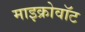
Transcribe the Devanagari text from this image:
माइक्रोवॉट